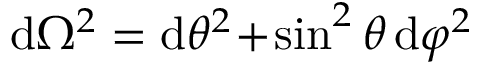
\mathrm { d } \Omega ^ { 2 } = \mathrm { d } \theta ^ { 2 } \! + \! \sin ^ { 2 } \theta \, \mathrm { d } \varphi ^ { 2 }